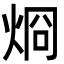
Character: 烱